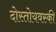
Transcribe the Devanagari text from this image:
दोस्तोयवस्की